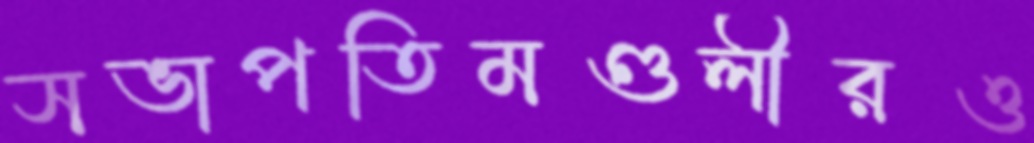
সভাপতিমণ্ডলীরও